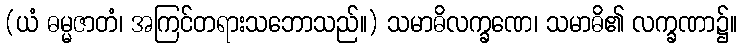
(ယံ ဓမ္မဇာတံ၊ အကြင်တရားသဘောသည်။) သမာဓိလက္ခဏေ၊ သမာဓိ၏ လက္ခဏာ၌။